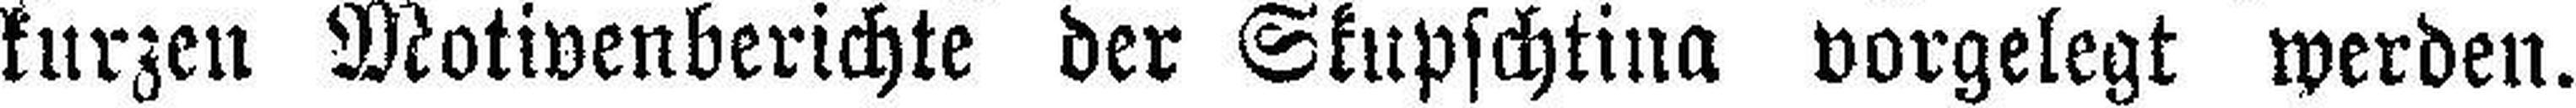
kurzen Motivenberichte der Skupschtina vorgelegt werden.